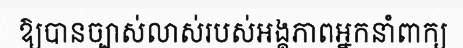
ឱ្យបានច្បាស់លាស់របស់អង្គភាពអ្នកនាំពាក្យ